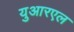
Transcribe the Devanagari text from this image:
युआरएल